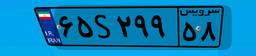
۹۵S۰۵۲۳۲